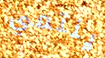
ينتمي